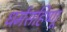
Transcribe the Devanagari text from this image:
धर्मसहिष्णू